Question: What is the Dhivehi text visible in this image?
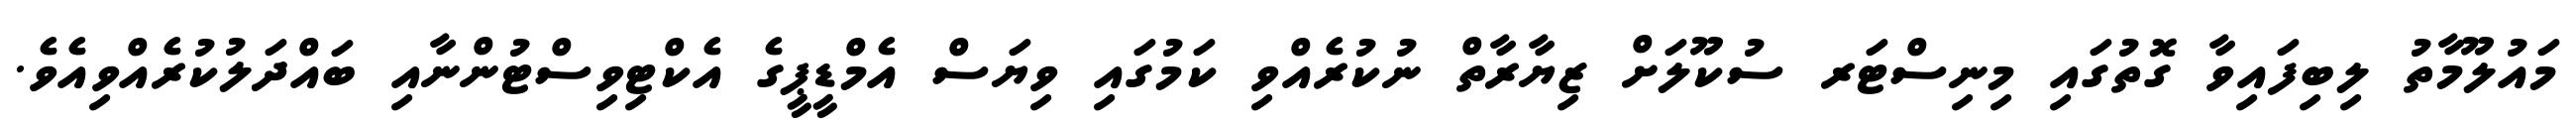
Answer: މައުލޫމާތު ލިބިފައިވާ ގޮތުގައި މިނިސްޓަރ ސުކޫލަށް ޒިޔާރާތް ނުކުރެއްވި ކަމުގައި ވިޔަސް އެމްޑީޕީގެ އެކްޓިވިސްޓުންނާއި ބައްދަލުކުރެއްވިއެވެ.